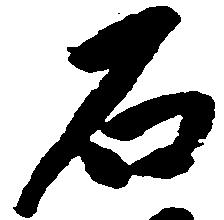
石